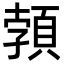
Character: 𩓐